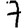
Digit: 7